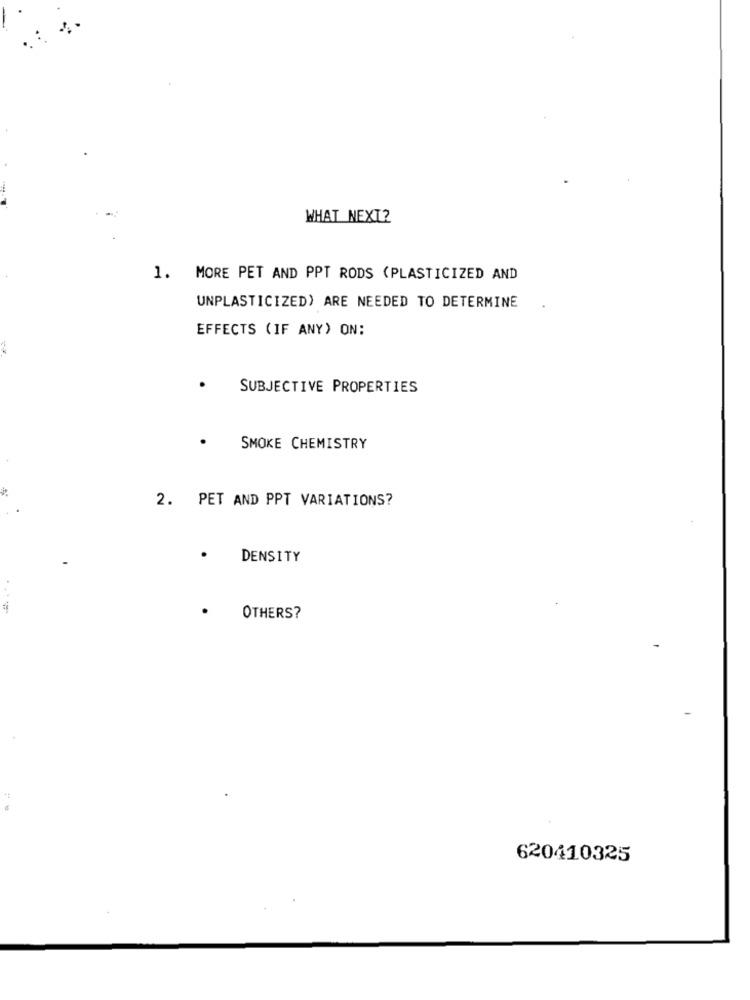
WHAT NEXT2
1.
MORE PET AND PPT RODS (PLASTICIZED AND
UNPLASTICIZED) ARE NEEDED TO DETERMINE
EFFECTS (IF ANY) ON:
SUBJECTIVE PROPERTIES
.
SMOKE CHEMISTRY
2. PET AND PPT VARIATIONS?
.
DENSITY
..
.
OTHERS?
620410325